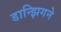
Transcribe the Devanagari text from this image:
डान्झिगने